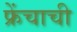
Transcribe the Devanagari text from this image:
फ्रेंचाची